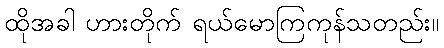
ထိုအခါ ဟားတိုက် ရယ်မောကြကုန်သတည်း။